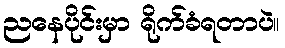
ညနေပိုင်းမှာ ရိုက်ခံရတာပဲ။